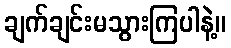
ချက်ချင်းမသွားကြပါနဲ့။